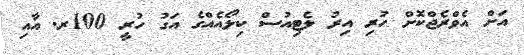
އަށް އެވްރެޖްކޮށް ހުރި އިރު ލެޓިއުސް ކިލޯއެއްގެ އަގު ހުރީ 100ރ. އާއި